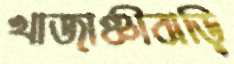
খাজাঞ্চীবাড়ি